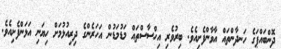
ދޮންބައްޕަގެ ހަނދާންތައް އާވާންފެށިއެވެ. ބިރުވެރި އިހްސާސްތައް މަޑުމަޑުން އަހަރެންގެ ދިރިއުޅުމަށް ހިޔަނި އަޅަންފެށިއެވެ.